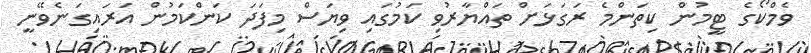
ވެމްކޯގެ ޓީމުން ކިތަންމެ ރަގަޅަށް ތައްޔާރުވި ކަމުގައި ވިޔަސް މިފަދަ ކަންކަމުން އަރައިގަނެވޭނީ